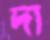
দা